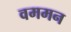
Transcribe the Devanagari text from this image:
वममन